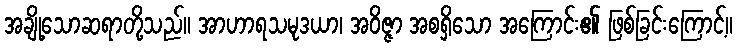
အချို့သောဆရာတို့သည်။ အာဟာရသမုဒယာ၊ အဝိဇ္ဇာ အစရှိသော အကြောင်း၏ ဖြစ်ခြင်းကြောင့်။